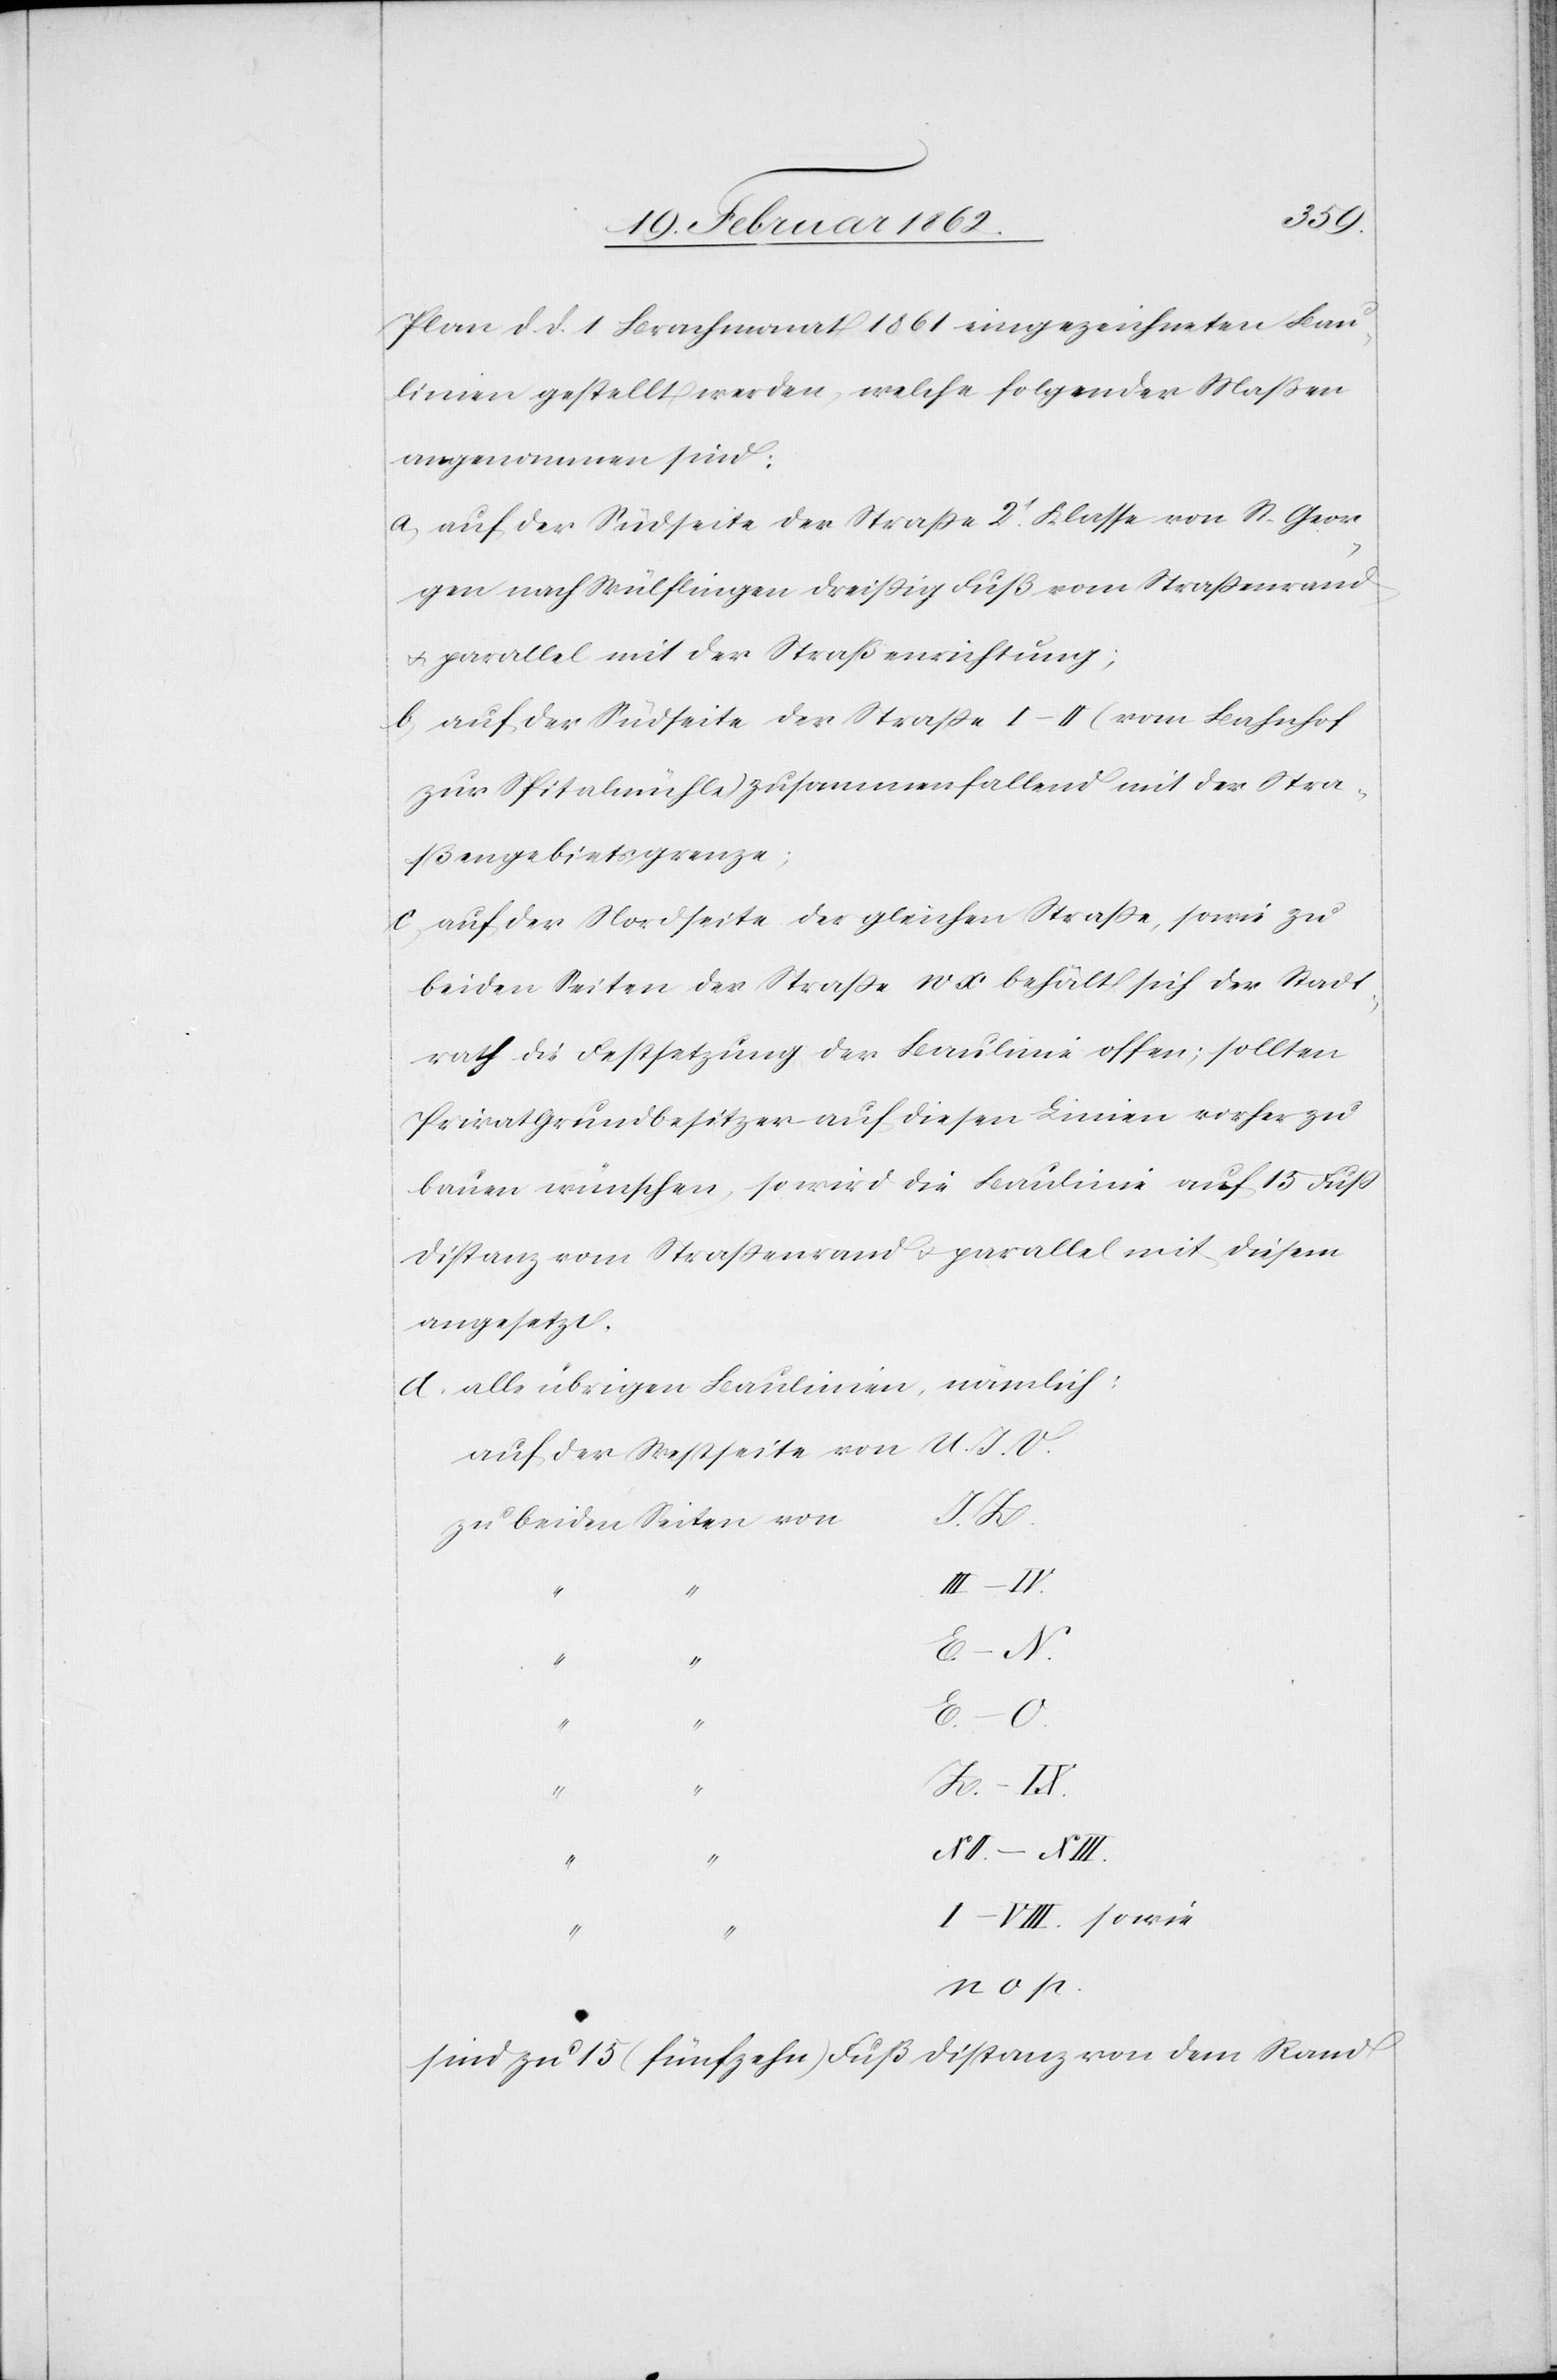
Plan d. d. 1 Brachmonat 1861 eingezeichneten Bau¬
linien gestellt werden, welche folgender Maßen
angenommen sind:
a) auf der Südseite der Straße 2t. Klasse von St. Geor¬
gen nach Wülflingen dreißig Fuß vom Straßenrand
u. parallel mit der Straßenrichtung;
b) auf der Südseite der Straße I–II (vom Bahnhof
zur Spitalmühle) zusammenfallend mit der Stra¬
ßengebietsgrenze;
c) auf der Nordseite der gleichen Straße, sowie zu
beiden Seiten der Straße W X behält sich der Stadt¬
rath die Festsetzung der Baulinie offen; sollten
Privatgrundbesitzer auf diesen Linien vorher zu
bauen wünschen, so wird die Baulinie auf 15 Fuß
Distanz vom Straßenrand u. parallel mit diesem
angesetzt.
d) alle übrigen Baulinien, nämlich:
auf der Westseite von
V.
zu beiden Seiten von
III – IV.
“ “
E. – O.
Z.
“
I – VIII. sowie
n o p.
sind zu 15 (fünfzehn) Fuß Distanz von dem Rand